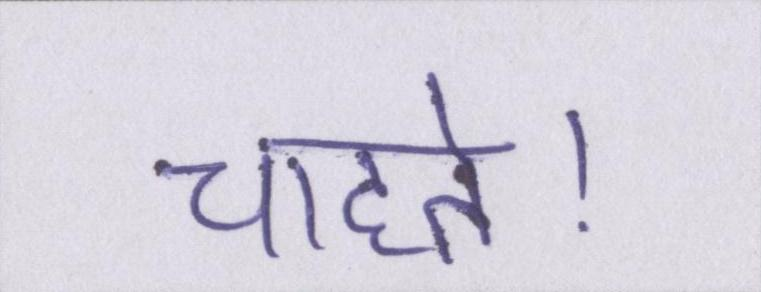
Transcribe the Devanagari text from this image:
चाहते।